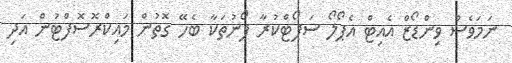
ނަމަވެސް ވިންޑޯޒް އެއިޓް އެޕޯލޯ ސަޕޯޓްކުރާ ފޯނުތަކާ ބެހޭ ގޮތުން މައިކްރޮސޮފްޓުން އަދި